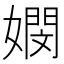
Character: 𡢄